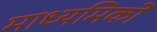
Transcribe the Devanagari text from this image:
माध्यमिकों